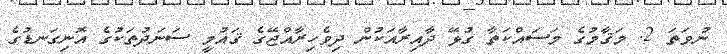
ނުވަތަ 2. މަޤާމުގެ މަސައްކަތާ ގުޅޭ ދާއިރާއަކުން ދިވެހިރާއްޖޭގެ ޤައުމީ ސަނަދުތަކުގެ އޮނިގަނޑުގެ